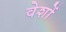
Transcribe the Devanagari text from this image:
वेशों